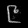
Digit: ၉